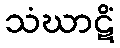
သံဃာဋိံ